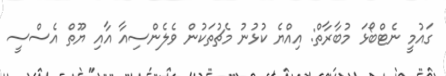
ގައުމީ ނެޓްބޯޅަ މުބާރާތް: އިއްޔެ ކުޅުނު މެޗުތަކުން ވެލެންސިއާ އާއި ޔޫތް އެސްސީ